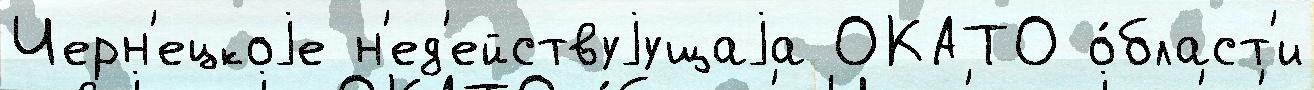
Черн'ецкоjе н'ед'ействуjущаjа ОКАТО о́бласт'и